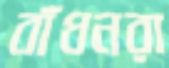
বাঁধনরা